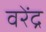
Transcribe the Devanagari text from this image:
वरेंद्र